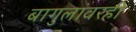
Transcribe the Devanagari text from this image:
बागुलांवरही